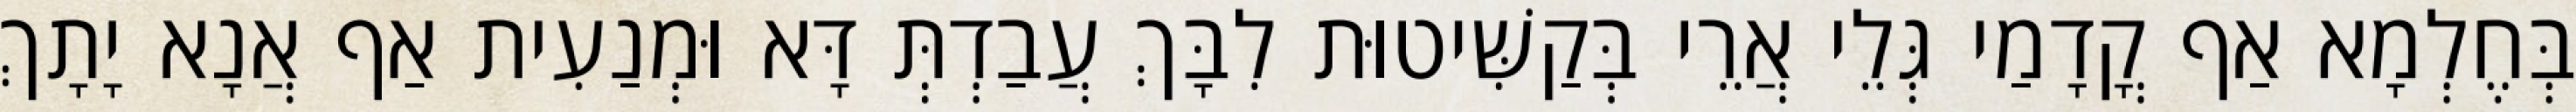
בְּחֶלְמָא אַף קֳדָמַי גְּלֵי אֲרֵי בְּקַשִּׁיטוּת לִבָּךְ עֲבַדְתְּ דָּא וּמְנַעִית אַף אֲנָא יָתָךְ